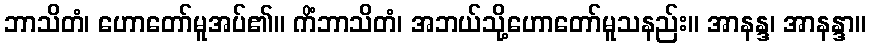
ဘာသိတံ၊ ဟောတော်မူအပ်၏။ ကိံဘာသိတံ၊ အဘယ်သို့ဟောတော်မူသနည်း။ အာနန္ဒ၊ အာနန္ဒာ။